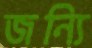
জন্যি